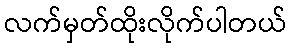
လက်မှတ်ထိုးလိုက်ပါတယ်